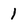
Character: 1